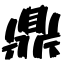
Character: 鼎